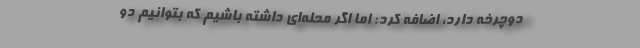
دوچرخه دارد، اضافه کرد: اما اگر محله‌ای داشته باشیم که بتوانیم دو